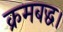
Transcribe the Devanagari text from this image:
क्रमबद्ध।